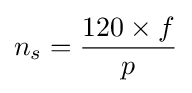
n_{s}={120\times {f} \over {p}}